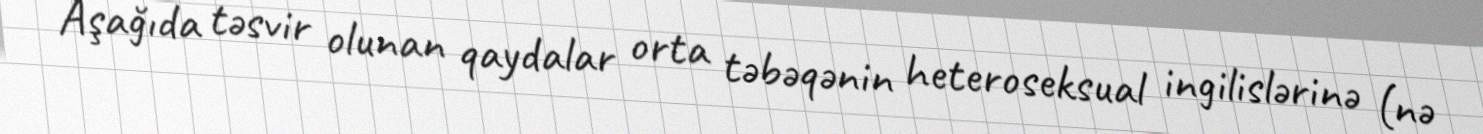
Aşağıda təsvir olunan qaydalar orta təbəqənin heteroseksual ingilislərinə (nə